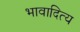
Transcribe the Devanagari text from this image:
भावादित्य